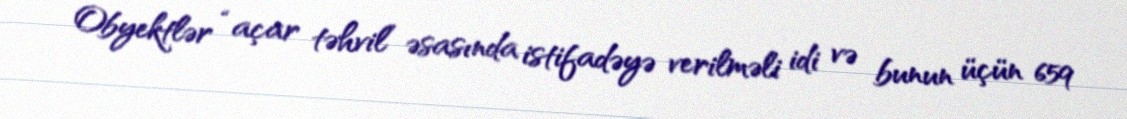
Obyektlər “açar təhvil” əsasında istifadəyə verilməli idi və bunun üçün 659